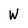
Character: W